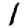
Digit: 1